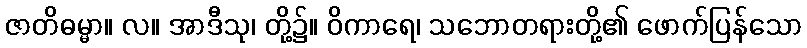
ဇာတိဓမ္မာ။ လ။ အာဒီသု၊ တို့၌။ ဝိကာရေ၊ သဘောတရားတို့၏ ဖောက်ပြန်သော